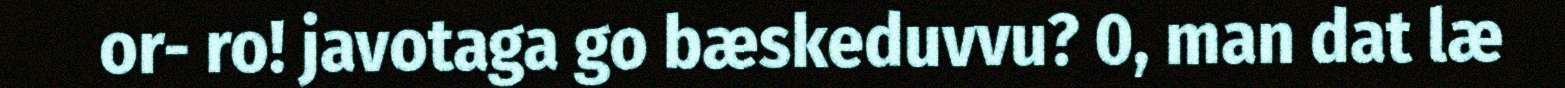
or- ro! javotaga go bæskeduvvu? 0, man dat læ